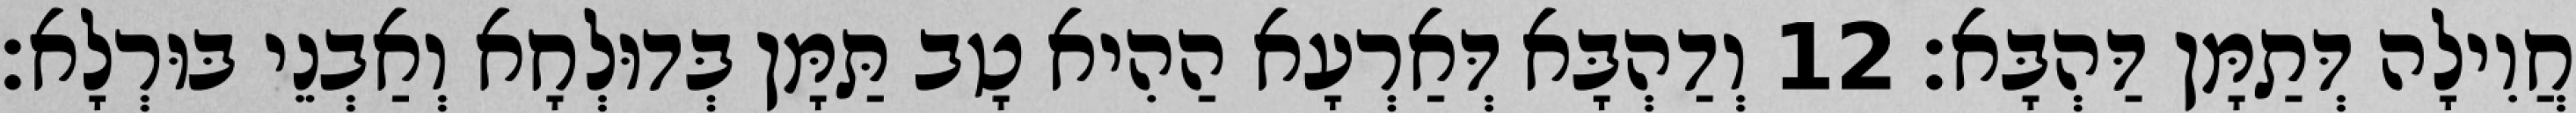
חֲוִילָה דְּתַמָּן דַּהְבָּא׃ 12 וְדַהְבָּא דְּאַרְעָא הַהִיא טָב תַּמָּן בְּדוּלְחָא וְאַבְנֵי בּוּרְלָא׃